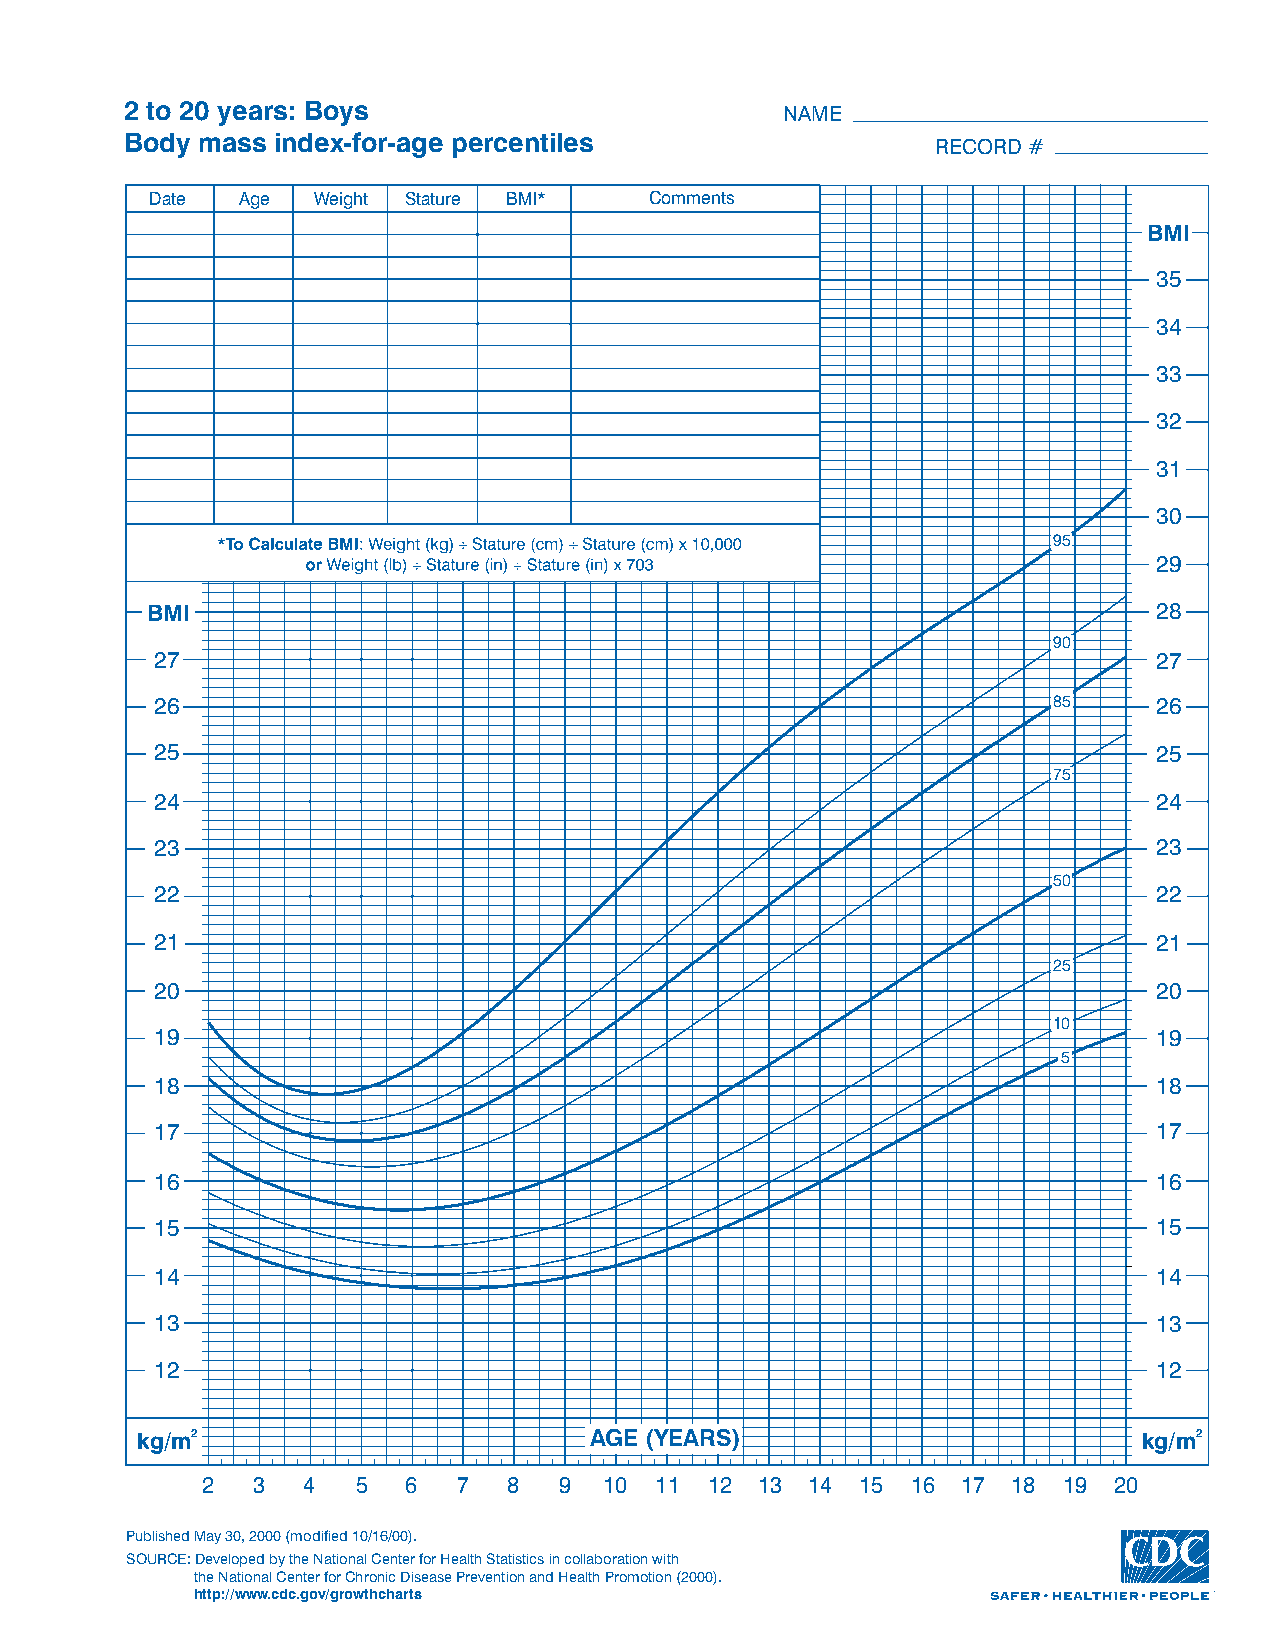
2 to 20 years: Boys                         NAME
 Body mass index-for-age percentiles
 RECORD#
 Date  Age  Weight Stature BMI*   Comments
 BMI
 35
 34
 33
 32
 31
 30
 95
 29
 BMI                                                                28
 90
 27                                                                 27
 26                                                          85     26
 25                                                                 25
 75
 24                                                                 24
 23                                                                 23
 50
 22                                                                 22
 21                                                                 21
 25
 20                                                                 20
 10
 19                                                                 19
 5
 18                                                                 18
 17                                                                 17
 16                                                                 16
 15                                                                 15
 14                                                                 14
 13                                                                 13
 12                                                                 12
 kg/m2                         AGE (YEARS)                          kg/m2
 2   3  4   5  6  7   8  9  10 11  12 13  14 15 16  17 18 19  20
 PublishedMay30,2000(modified10/16/00).
 SOURCE:DevelopedbytheNationalCenterforHealthStatisticsincollaborationwith
 theNationalCenterforChronicDiseasePreventionandHealthPromotion(2000).
 http://www.cdc.gov/growthcharts